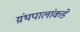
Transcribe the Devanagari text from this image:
ग्रंथपालांकडे